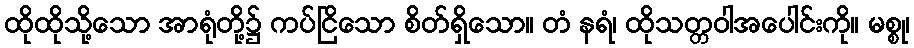
ထိုထိုသို့သော အာရုံတို့၌ ကပ်ငြိသော စိတ်ရှိသော။ တံ နရံ၊ ထိုသတ္တဝါအပေါင်းကို။ မစ္စု၊